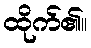
ထိုက်၏။